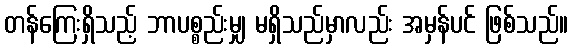
တန်ကြေးရှိသည့် ဘာပစ္စည်းမျှ မရှိသည်မှာလည်း အမှန်ပင် ဖြစ်သည်။